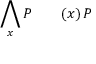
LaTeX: \bigwedge _ { x } P \qquad ( x ) \, P